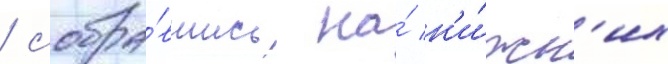
/ собра́вшись на́ н'и́жн'их